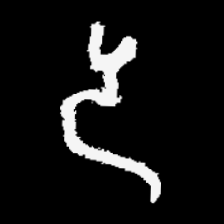
Pyu character \u2014 Myanmar letter: ဒ (romanized: da)